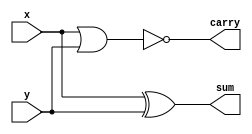

module adder(x, y, sum, carry);
    input  x;
    input  y;
    output  sum;
    output carry;

  assign sum= x^y;
  assign carry = ~(x|y);


endmodule

module stimulus;
    reg x;
    reg y;
    wire sum;
    wire carry;
    
    adder a(x, y, sum ,carry);
    initial 
        begin
            
          x=1'b0;y=1'b0;
          #20; x=1'b0;y=1'b1;
          #20; x=1'b1; y=1'b0;
          #20; x=1'b1;y=1'b1;
        end
    initial
        $monitor("x: %d  y: %d  sum: %d  carry: %d", x, y, sum, carry);
endmodule